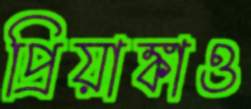
প্রিয়াঙ্কাও